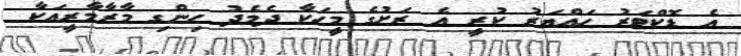
އެ ޑޮކްޓަރު ހައްޔަރު ކުރީ އެ ރަށުގެ މީހަކާ ދެމެދު ހިންގި މާރާމާރީއަކާ